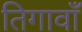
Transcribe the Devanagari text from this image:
तिगावाँ